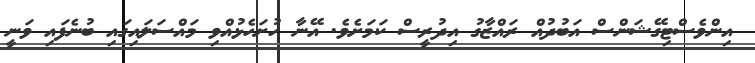
އިންވެސްޓިގޭޝަންސް އަބުދުއް ރައްޒާގު އިދުރީސް ކަމަށެވެ. އޭނާ ހުށަހެޅުއްވި މައްސަލައިގައި ބުނެފައި ވަނީ